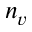
n _ { v }